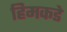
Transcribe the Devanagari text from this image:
हिमकडे